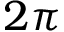
2 \pi